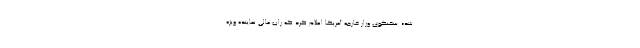
شد». سخنگوی وزار خارجه آمریکا اعلام کرد که راب مالی نماینده ویژه